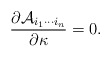
\begin{align*}{\partial {\cal A}_{i_1\cdots i_n}\over \partial \kappa}=0.\end{align*}